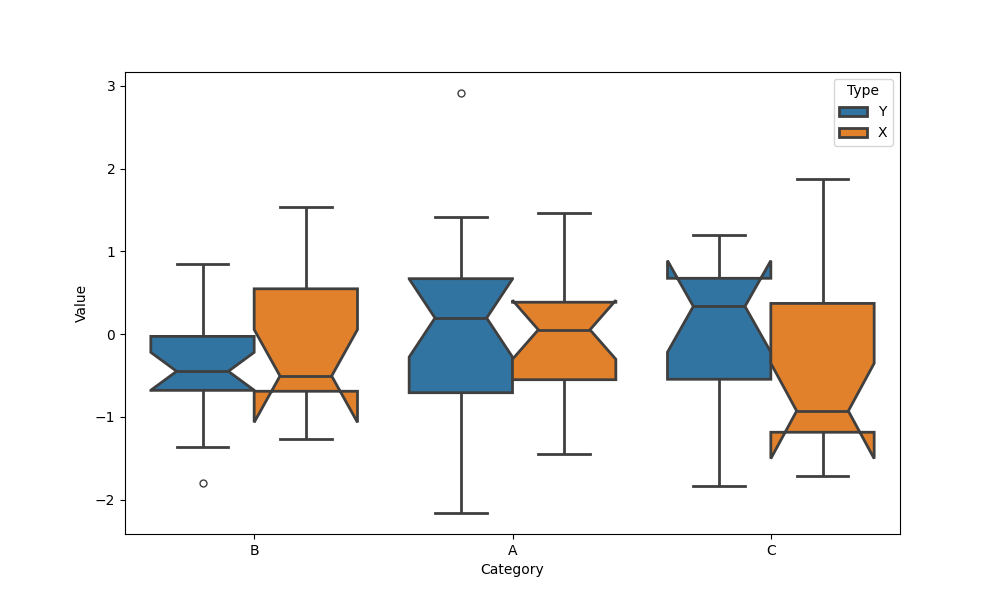
python, seaborn, boxplot, width=0.8, linewidth=2, fliersize=5, notch=True